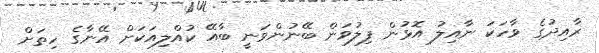
ރާއިދުގެ ވާހަކަ ނާއިލު އޮޅުން ފިލުވަން ބޭނުންވަނީ ބާއޭ ކުއްލިއަކަށް އޭނާގެ ހިތަށް